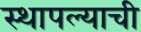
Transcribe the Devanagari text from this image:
स्थापल्याची